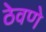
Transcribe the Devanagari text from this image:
ठेवणेे